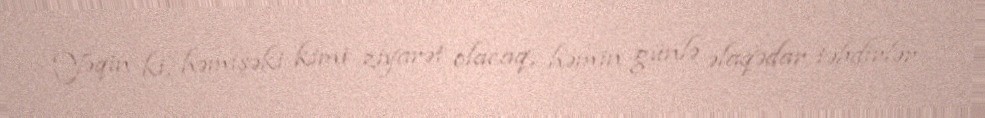
Yəqin ki, həmişəki kimi ziyarət olacaq, həmin günlə əlaqədar təbdirlər